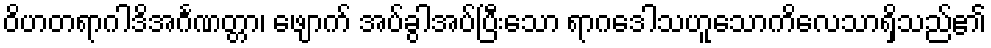
ဝိဟတရာဂါဒိအင်္ဂဏတ္တာ၊ ဖျောက် အပ်ခွါအပ်ပြီးသော ရာဂဒေါသဟူသောကိလေသာရှိသည်၏